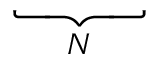
\underbrace { \phantom { D _ { r } ^ { ( 1 ) } + R } } _ { N } \,